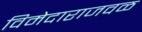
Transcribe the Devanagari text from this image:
विमेदाराजवळ